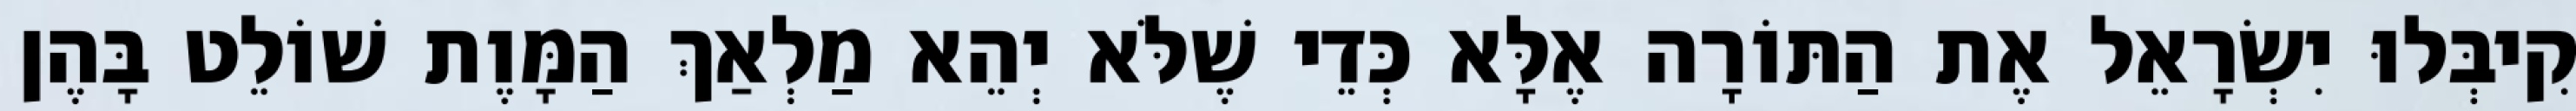
קִיבְּלוּ יִשְׂרָאֵל אֶת הַתּוֹרָה אֶלָּא כְּדֵי שֶׁלֹּא יְהֵא מַלְאַךְ הַמָּוֶת שׁוֹלֵט בָּהֶן